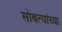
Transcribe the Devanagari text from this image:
सोबत्यांच्या